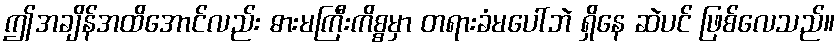
ဤအချိန်အထိအောင်လည်း ဓားမကြီးကိစ္စမှာ တရားခံမပေါ်ဘဲ ရှိနေ ဆဲပင် ဖြစ်လေသည်။